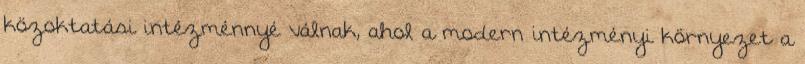
közoktatási intézménnyé válnak, ahol a modern intézményi környezet a